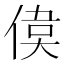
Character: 𠋋